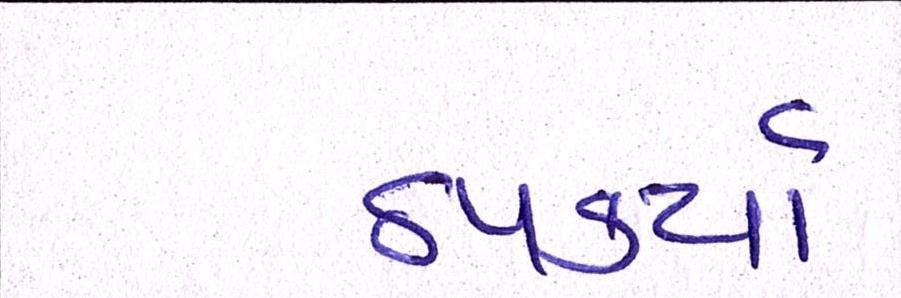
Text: ઠપકર્યા